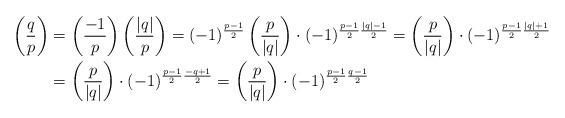
LaTeX: \begin{align*}\left(\frac{q}{p}\right)&=\left(\frac{-1}{p}\right)\left(\frac{|q|}{p}\right)=(-1)^{\frac{p-1}{2}}\left(\frac{p}{|q|}\right)\cdot (-1)^{\frac{p-1}{2}\frac{|q|-1}{2}}=\left(\frac{p}{|q|}\right)\cdot(-1)^{\frac{p-1}{2}\frac{|q|+1}{2}}\\&=\left(\frac{p}{|q|}\right)\cdot(-1)^{\frac{p-1}{2}\frac{-q+1}{2}}=\left(\frac{p}{|q|}\right)\cdot (-1)^{\frac{p-1}{2}\frac{q-1}{2}}\end{align*}